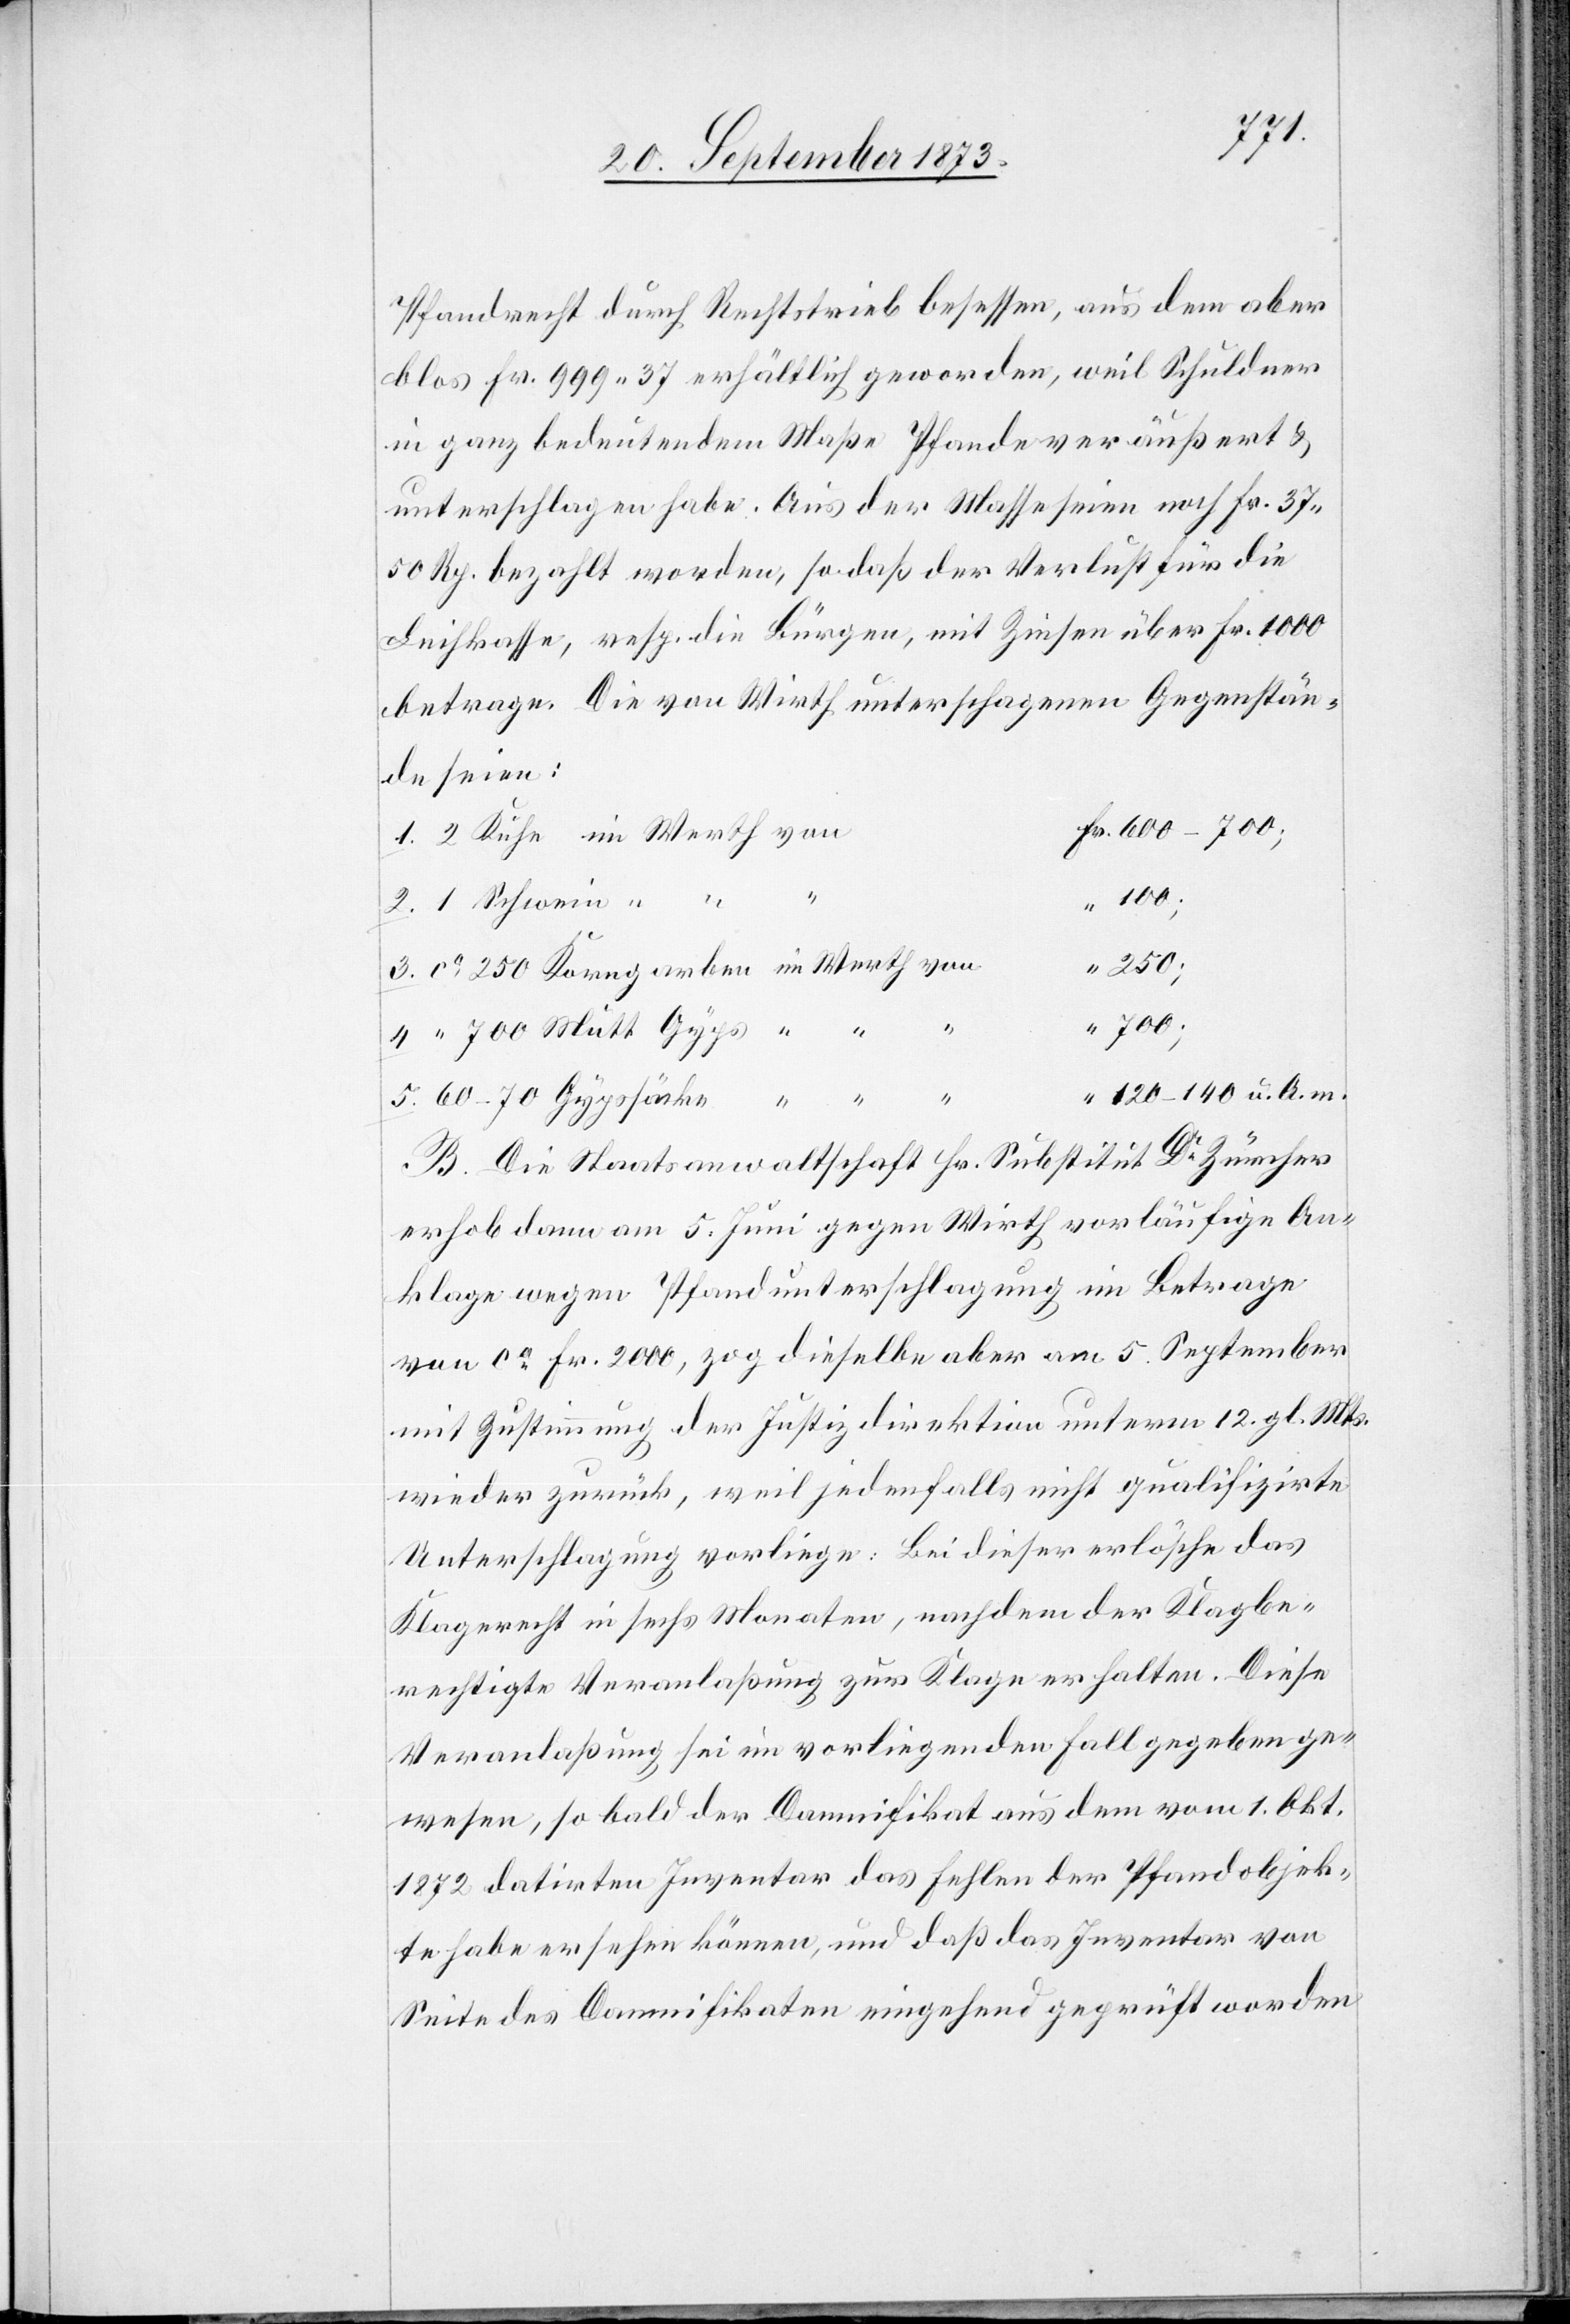
Pfandrecht durch Rechtstrieb besessen, aus dem aber
blos Fr. 999 37 erhältlich geworden, weil Schuldner
in ganz bedeutendem Maße Pfande veräußert &
unterschlagen habe. Aus der Masse seien noch Fr. 27
50 Rp. bezahlt worden, so daß der Verlust für die
Leihkasse, resp. die Bürgen, mit Zinsen über Fr. 1 000
betrage. Die von Wirth untersch[l]agenen Gegenstän¬
de seien:
5.
250;
ca 250 Korngarben im Werth von
“ 700 Mutt Gyps “ “ “
120–140 u. A. m.
B. Die Staatsanwaltschaft Hr. Substitut Dr Zürcher
erhob dann am 5. Juni gegen Wirth vorläufige An¬
klage wegen Pfandunterschlagung im Betrage
von ca Fr. 2 000, zog dieselbe aber am 5. September
mit Zustimmung der Justizdirektion unterm 12. gl. Mts.
wieder zurück, weil jedenfalls nicht qualifizirte
Unterschlagung vorliege: Bei dieser erlösche das
Klagerecht in sechs Monaten, nachdem der Klagbe¬
rechtigte Veranlaßung zur Klage erhalten. Diese
Veranlaßung sei im vorliegenden Fall gegeben ge¬
wesen, so bald der Damnifikat aus dem vom 1. Okt.
1872 datirten Inventar das Fehlen der Pfandobjek¬
te habe ersehen können, und daß das Inventar von
Seite des Damnifikaten eingehend geprüft worden